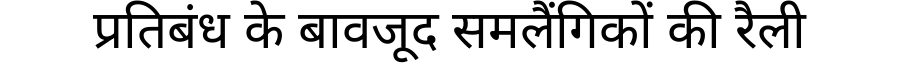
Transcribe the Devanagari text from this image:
प्रतिबंध के बावजूद समलैंगिकों की रैली